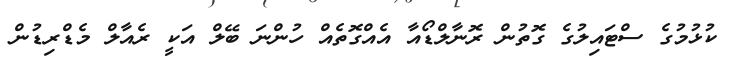
ކުޅުމުގެ ސްޓައިލުގެ ގޮތުން ރޮނާލްޑޯއާ އެއްގޮތެއް ހުންނަ ބޭލް އަކީ ރެއާލް މެޑްރިޑުން